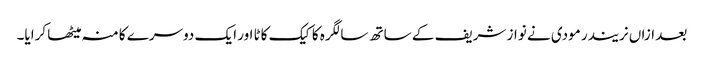
بعد ازاں نریندر مودی نے نواز شریف کے ساتھ سالگرہ کا کیک کاٹا اور ایک دوسرے کا منہ میٹھا کرایا۔